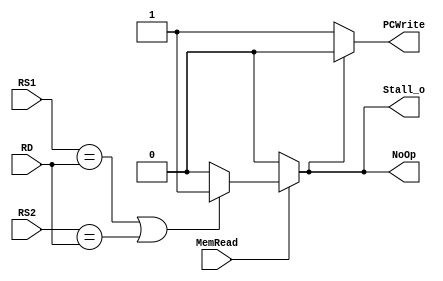
module Hazard_Detection (
    RS1,
    RS2,
    RD,
    MemRead,
    PCWrite,
    Stall_o,
    NoOp
);

    input [4:0] RS1;
    input [4:0] RS2;
    input [4:0] RD;
    input MemRead;
    output reg PCWrite;
    output reg Stall_o;
    output reg NoOp;

    initial begin
        PCWrite = 1'b1;
        Stall_o = 1'b0;
        NoOp = 1'b0;
    end

    always @(*) begin
        if (MemRead == 1'b1) begin
            if (RS1 == RD || RS2 == RD) begin
                Stall_o = 1'b1;
                NoOp = 1'b1;
            end else begin
                Stall_o = 1'b0;
                NoOp = 1'b0;
            end
        end else begin
            Stall_o = 1'b0;
            NoOp = 1'b0;
        end
    end

    always @(*) begin
        if (Stall_o == 1'b1) begin
            PCWrite = 1'b0;
        end else begin
            PCWrite = 1'b1;
        end
    end


endmodule